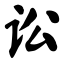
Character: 讼